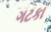
ગટકા